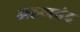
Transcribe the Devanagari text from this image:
अरुणचंद्र